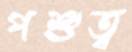
পশুত্ব